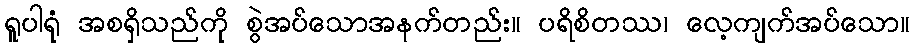
ရူပါရုံ အစရှိသည်ကို စွဲအပ်သောအနက်တည်း။ ပရိစိတဿ၊ လေ့ကျက်အပ်သော။